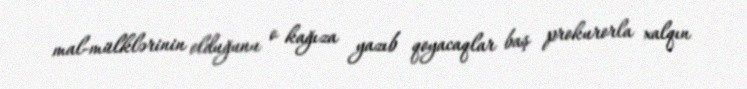
mal-mülklərinin olduğunu o kağıza yazıb qoyacaqlar baş prokurorla xalqın